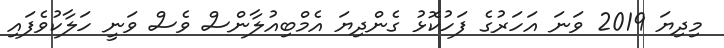
މިދިޔަ 2019 ވަނަ އަހަރުގެ ފަހުކޮޅު ގެންދިޔަ އެމްބިއުލާންސް ވެސް ވަނީ ހަލާކުވެފައި